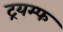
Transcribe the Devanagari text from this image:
ट्रयम्फ